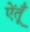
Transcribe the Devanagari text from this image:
ऐंतूँ